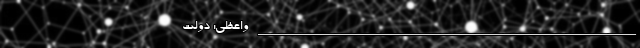
______________________________________________________ واعظی: دولت